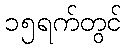
၁၅ရက်တွင်